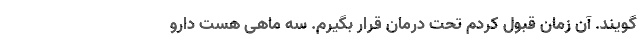
‌گویند. آن زمان قبول کردم تحت درمان قرار بگیرم. سه ماهی هست دارو